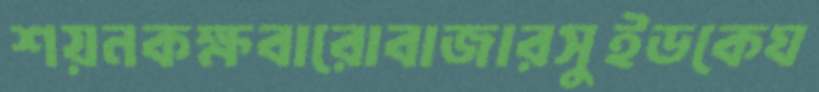
শয়নকক্ষবারোবাজারসুইডকেঘ